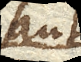
aut